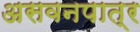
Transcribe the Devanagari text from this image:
असवनपात्र